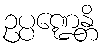
ဥပ္ပဏ္ဍေန္တိ